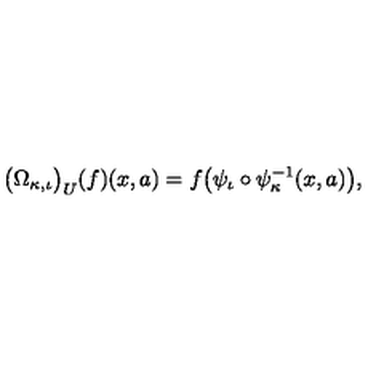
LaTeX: \lefteqn { \big ( \Omega _ { \kappa , \iota } \big ) _ { U } ( f ) ( x , a ) = f \big ( \psi _ { \iota } \circ \psi _ { \kappa } ^ { - 1 } ( x , a ) \big ) , }